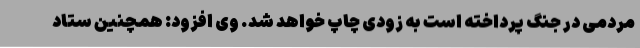
مردمی در جنگ پرداخته است به زودی چاپ خواهد شد. وی افزود: همچنین ستاد